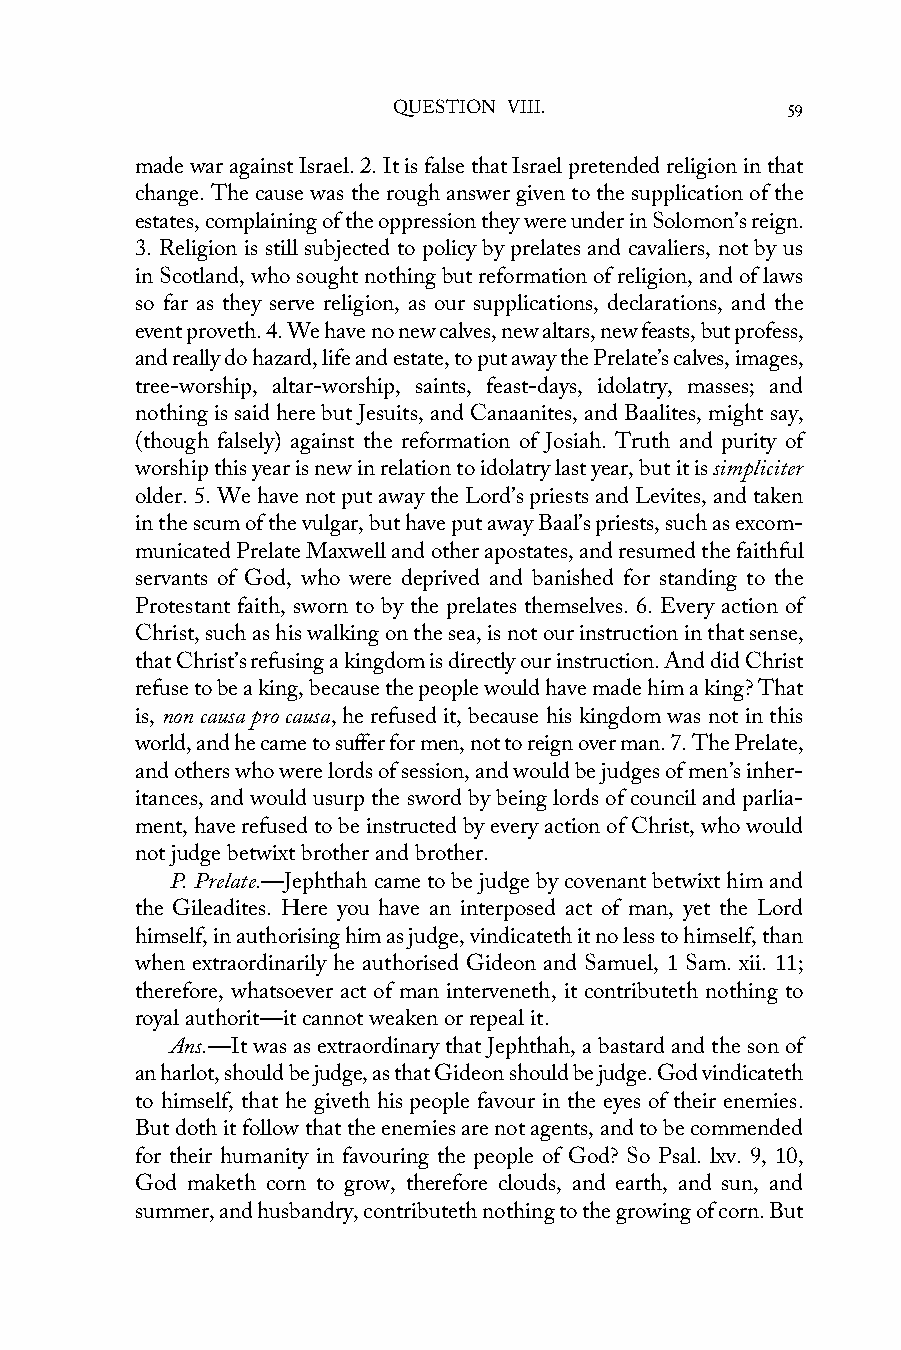
QUESTION VIII.            59
 made war against Israel. 2. It is false that Israel pretended religion in that
 change. The cause was the rough answer given to the supplication of the
 estates, complaining of the oppression they were under in Solomon’s reign.
 3. Religion is still subjected to policy by prelates and cavaliers, not by us
 in Scotland, who sought nothing but reformation of religion, and of laws
 so far as they serve religion, as our supplications, declarations, and the
 event proveth. 4. We have no new calves, new altars, new feasts, but profess,
 and really do hazard, life and estate, to put away the Prelate’s calves, images,
 tree-worship, altar-worship, saints, feast-days, idolatry, masses; and
 nothing is said here but Jesuits, and Canaanites, and Baalites, might say,
 (though falsely) against the reformation of Josiah. Truth and purity of
 worship this year is new in relation to idolatry last year, but it is simpliciter
 older. 5. We have not put away the Lord’s priests and Levites, and taken
 in the scum of the vulgar, but have put away Baal’s priests, such as excom-
 municated Prelate Maxwell and other apostates, and resumed the faithful
 servants of God, who were deprived and banished for standing to the
 Protestant faith, sworn to by the prelates themselves. 6. Every action of
 Christ, such as his walking on the sea, is not our instruction in that sense,
 that Christ’s refusing a kingdom is directly our instruction. And did Christ
 refuse to be a king, because the people would have made him a king? That
 is, non causa pro causa, he refused it, because his kingdom was not in this
 world, and he came to suffer for men, not to reign over man. 7. The Prelate,
 and others who were lords of session, and would be judges of men’s inher-
 itances, and would usurp the sword by being lords of council and parlia-
 ment, have refused to be instructed by every action of Christ, who would
 not judge betwixt brother and brother.
 P. Prelate.—Jephthah came to be judge by covenant betwixt him and
 the Gileadites. Here you have an interposed act of man, yet the Lord
 himself, in authorising him as judge, vindicateth it no less to himself, than
 when extraordinarily he authorised Gideon and Samuel, 1 Sam. xii. 11;
 therefore, whatsoever act of man interveneth, it contributeth nothing to
 royal authorit—it cannot weaken or repeal it.
 Ans.—It was as extraordinary that Jephthah, a bastard and the son of
 an harlot, should be judge, as that Gideon should be judge. God vindicateth
 to himself, that he giveth his people favour in the eyes of their enemies.
 But doth it follow that the enemies are not agents, and to be commended
 for their humanity in favouring the people of God? So Psal. lxv. 9, 10,
 God maketh corn to grow, therefore clouds, and earth, and sun, and
 summer, and husbandry, contributeth nothing to the growing of corn. But